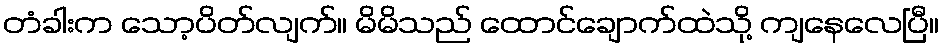
တံခါးက သော့ပိတ်လျက်။ မိမိသည် ထောင်ချောက်ထဲသို့ ကျနေလေပြီ။